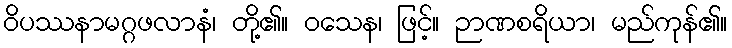
ဝိပဿနာမဂ္ဂဖလာနံ၊ တို့၏။ ဝသေန၊ ဖြင့်။ ဉာဏစရိယာ၊ မည်ကုန်၏။